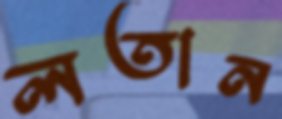
লতান